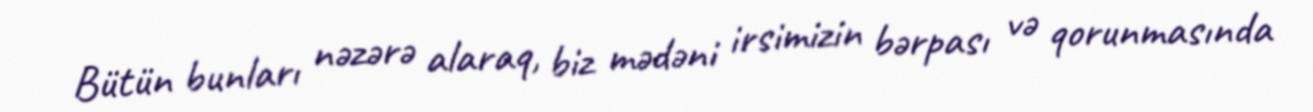
Bütün bunları nəzərə alaraq, biz mədəni irsimizin bərpası və qorunmasında